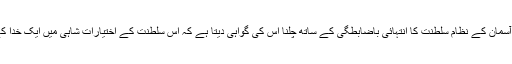
لہٰذا عقل یہ فیصلہ کرتی ہے اور زمین و آسمان کے نظام سلطنت کا انتہائی باضابطگی کے ساتھ چلنا اس کی گواہی دیتا ہے کہ اس سلطنت کے اختیاراتِ شاہی میں ایک خدا کے سوا کسی کا ذرہ برابر حصہ نہیں ہے۔